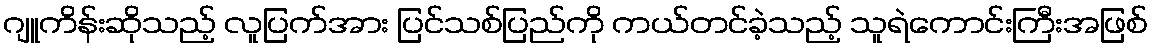
ဂျူကိန်းဆိုသည့် လူပြက်အား ပြင်သစ်ပြည်ကို ကယ်တင်ခဲ့သည့် သူရဲကောင်းကြီးအဖြစ်